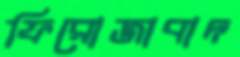
ফিরোজাবাদ